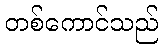
တစ်ကောင်သည်